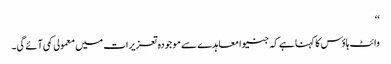
‘‘
وائٹ ہاؤس کا کہنا ہے کہ جنیوا معاہدے سے موجودہ تعزیرات میں معمولی کمی آئے گی۔